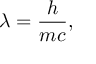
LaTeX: \lambda = { \frac { h } { m c } } ,